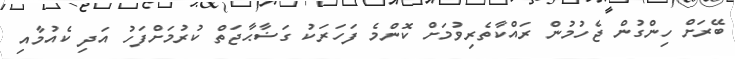
ބޭރަށް ހިންގުން ޖެހުމުން ރައްކާތެރިވުމަށް ކޮންމެ ފަހަރަކު ގަޟާޙާޖަތް ކުރުމަށްފަހު އަދި ކެއުމާއި